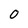
Character: O